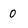
Character: 0